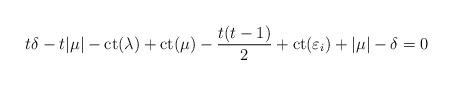
LaTeX: \begin{align*}t\delta-t|\mu|-\mathrm{ct}(\lambda)+\mathrm{ct}(\mu)-\frac{t(t-1)}{2}+\mathrm{ct}(\varepsilon_i)+|\mu|-\delta = 0\end{align*}